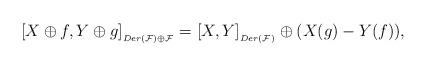
LaTeX: \begin{align*} [X\oplus f, Y\oplus g]_{_{Der(\mathcal{F})\oplus\mathcal{F}}}=[X, Y]_{_{Der(\mathcal{F})}}\oplus (X(g)-Y(f)),\end{align*}